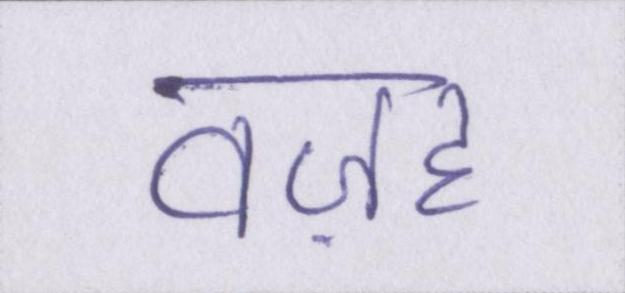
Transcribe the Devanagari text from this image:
वज़ह